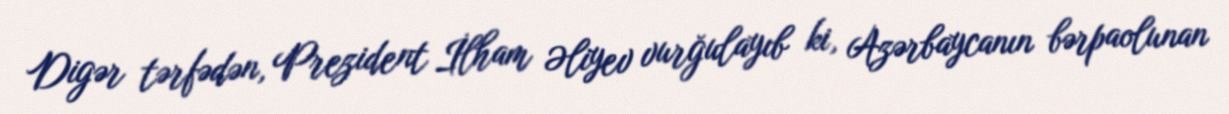
Digər tərfədən, Prezident İlham Əliyev vurğulayıb ki, Azərbaycanın bərpaolunan